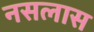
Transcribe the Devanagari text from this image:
नसलास